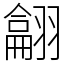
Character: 𦒈